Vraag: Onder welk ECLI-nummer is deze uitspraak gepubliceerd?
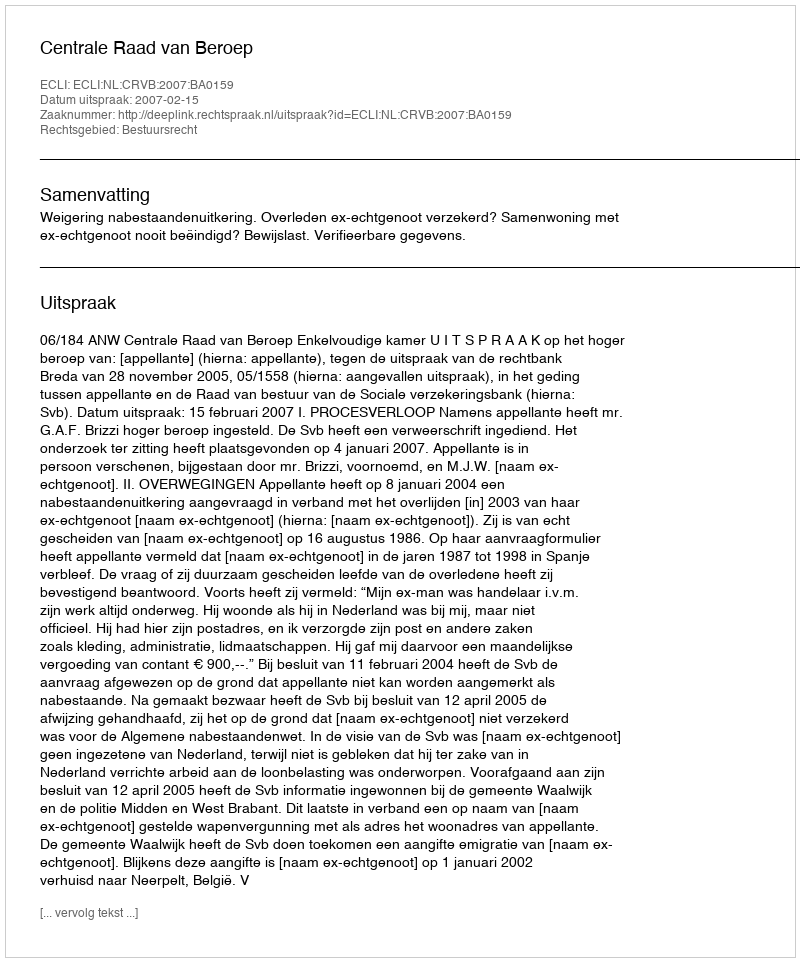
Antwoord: ECLI:NL:CRVB:2007:BA0159